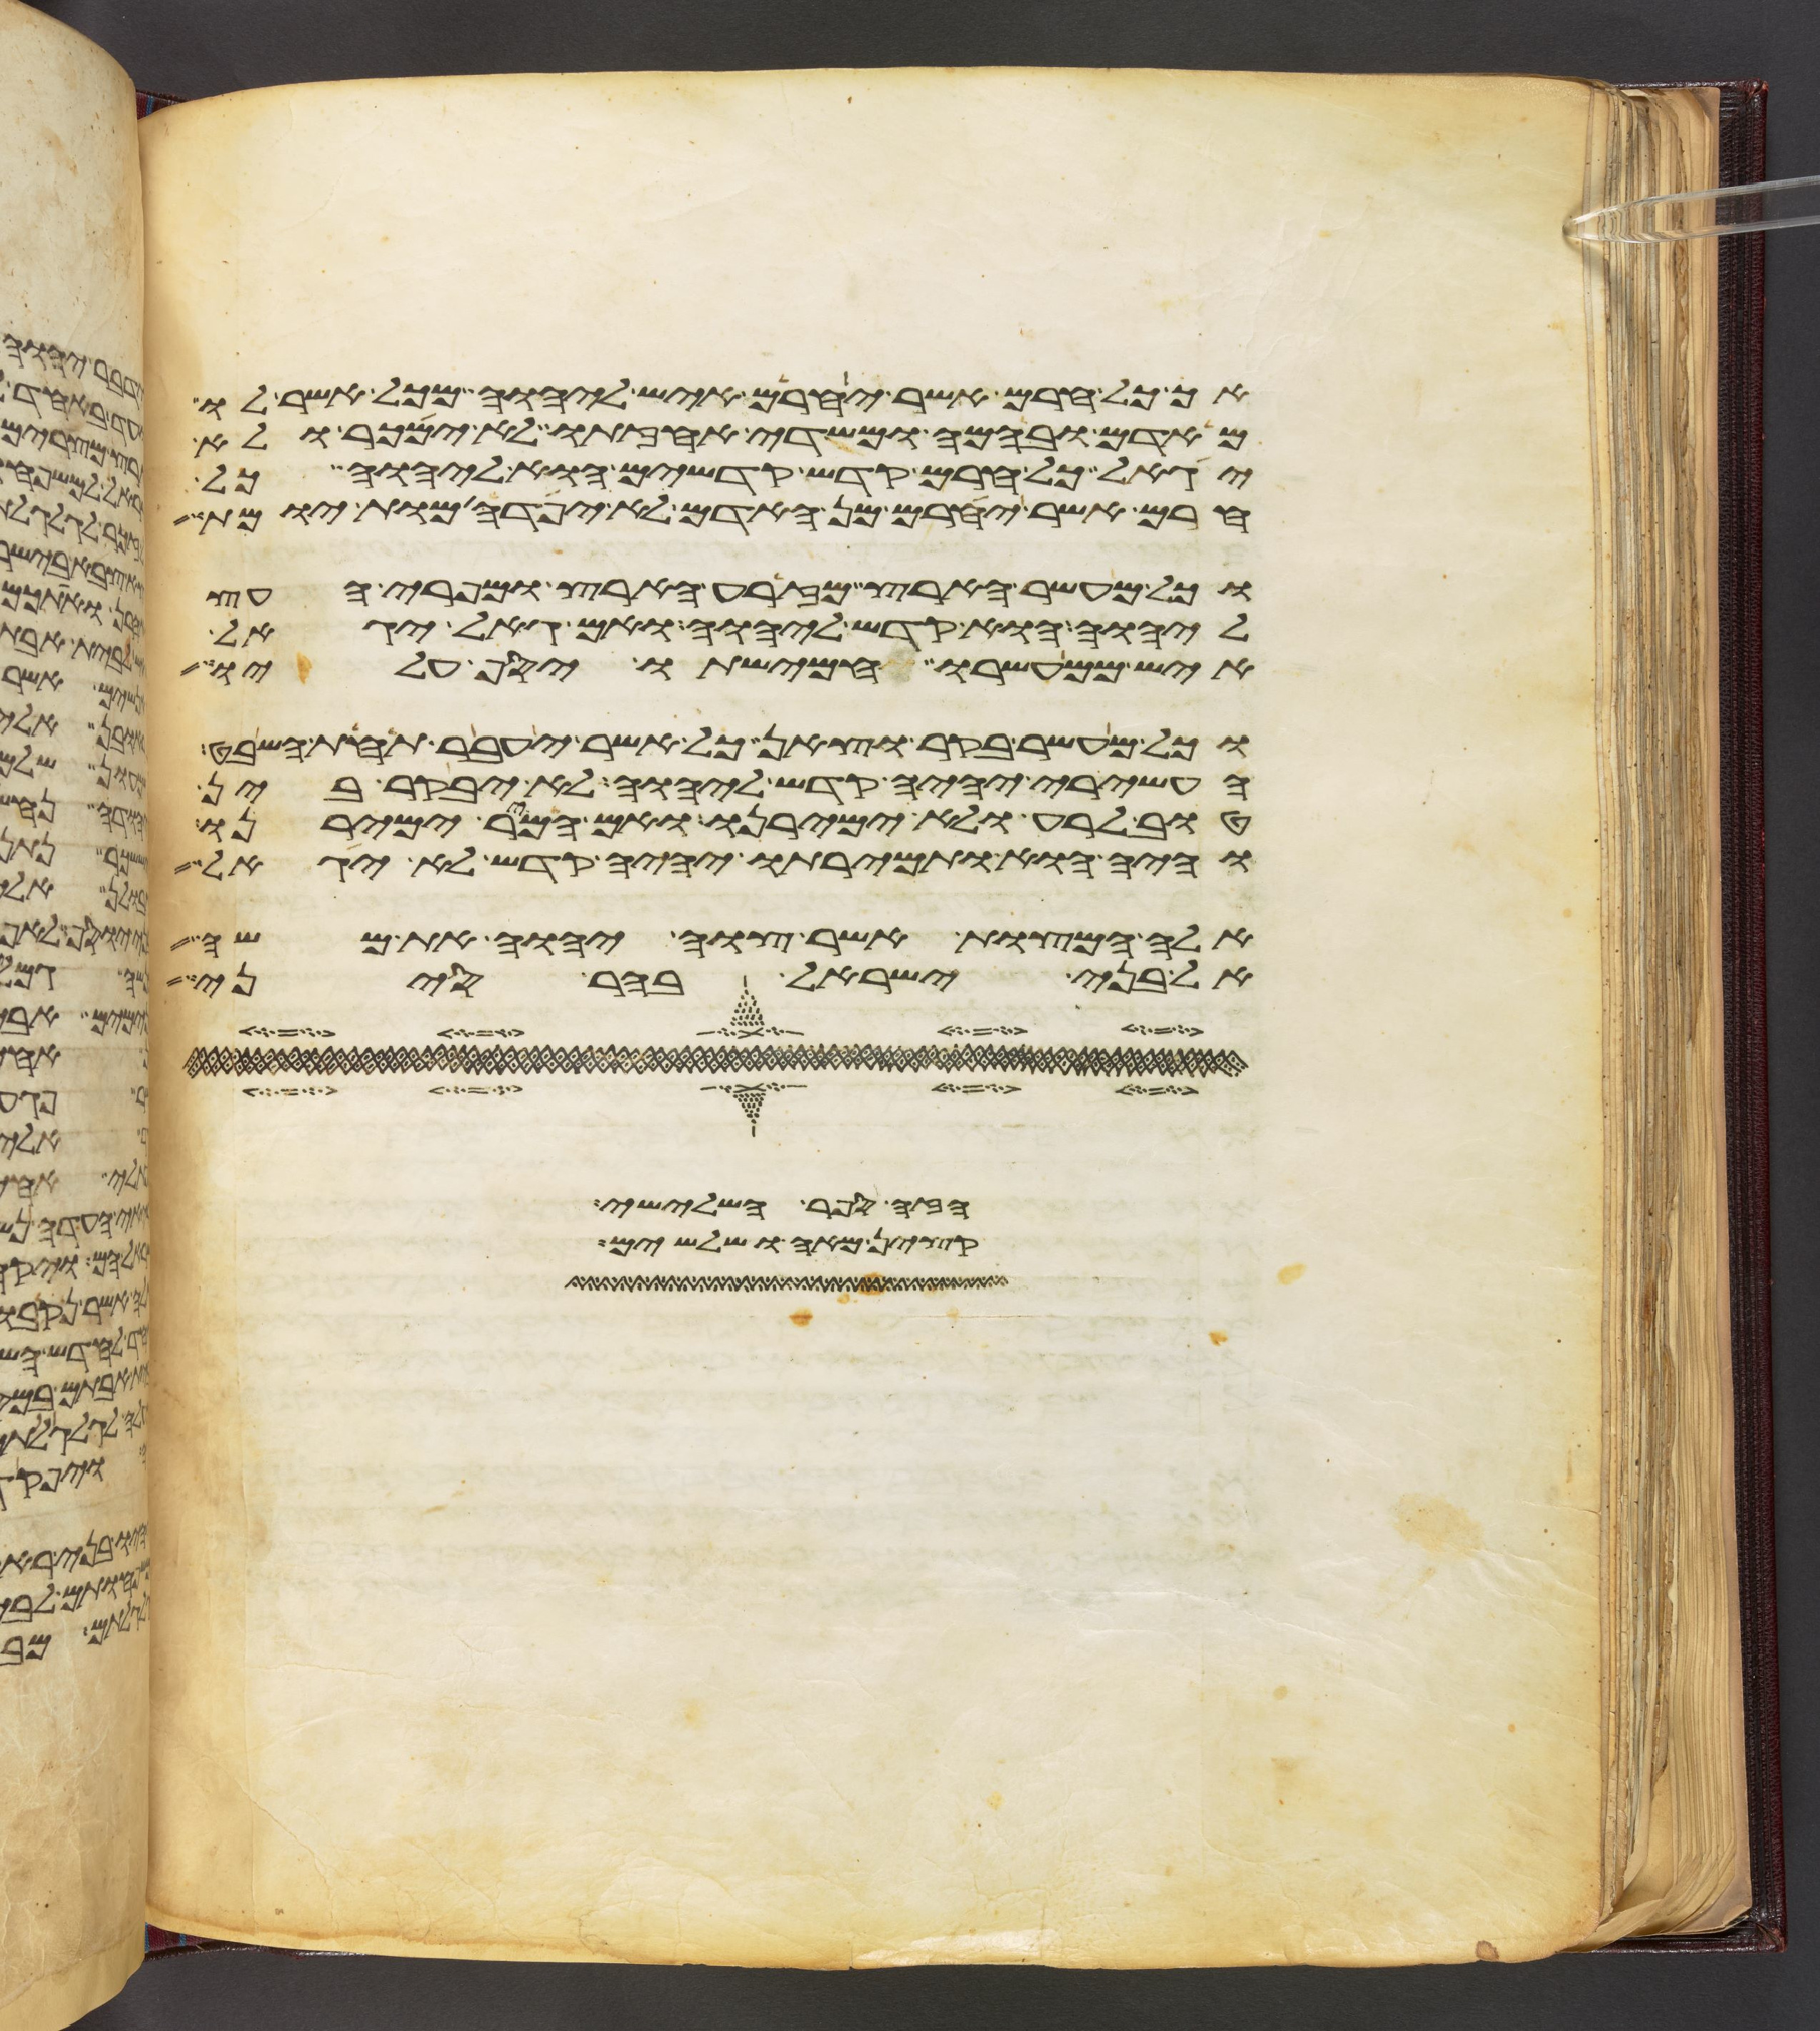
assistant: אך כל חרם אשר יחרם איש ליהוה מכל אשר לו
מאדם ובהמה ומשדה אחזתו לא ימכר ולא
יגאל כל חרם קדש קדשים הוא ליהוה כל
חרם אשר יחרם מן האדם לא יפדה מות יומת
וכל מעשר הארץ מזרע הארץ ומפרי העץ
ליהוה הוא קדש ליהוה ואם גאל יגאל
איש ממעשרו חמישתו יסף עליו
וכל מעשר בקר וצאן כל אשר יעבר תחת השבט
העשירי יהיה קדש ליהוה לא יבקר בין
טוב לרע ולא ימירנו ואם המר ימירנו
והיה הוא ותמירתו יהיה קדש לא יגאל
אלה המצות אשר צוה יהוה את משה
אל בני ישראל בהר סיני
הנהר השלישי
ופקדיו חמשה ושלשים